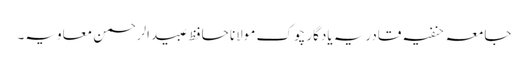
جامعہ حنفیہ قادریہ یادگار چوک مولانا حافظ عبیدالرحمن معاویہ۔